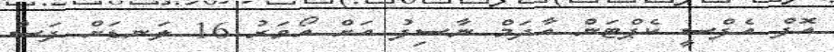
އޮފް އެފްސީ ކެޕްޓަން އާދަމް ނާސިފު އަށް އޯވަރު 16 ލަނޑަށް ފަސް